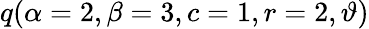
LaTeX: \displaystyle q(\alpha=2,\beta=3,c=1,r=2,\vartheta)